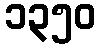
၁၃၅၀